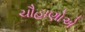
ચૌહાણોએ